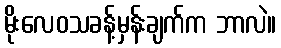
မိုးလေဝသခန့်မှန်းချက်က ဘာလဲ။